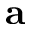
\textbf { a }